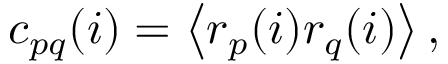
c _ { p q } ( i ) = \left\langle r _ { p } ( i ) r _ { q } ( i ) \right\rangle ,